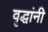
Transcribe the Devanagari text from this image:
वृद्धांनी